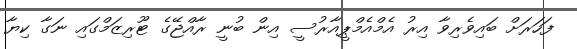
ފަހަރަށް ބައިވެރިވާ އިރު އެމްއެމްޕީއާރުސީ އިން ބުނީ ރާއްޖޭގެ ޓޫރިޒަމްގައި ނަގާ ކިޔާ